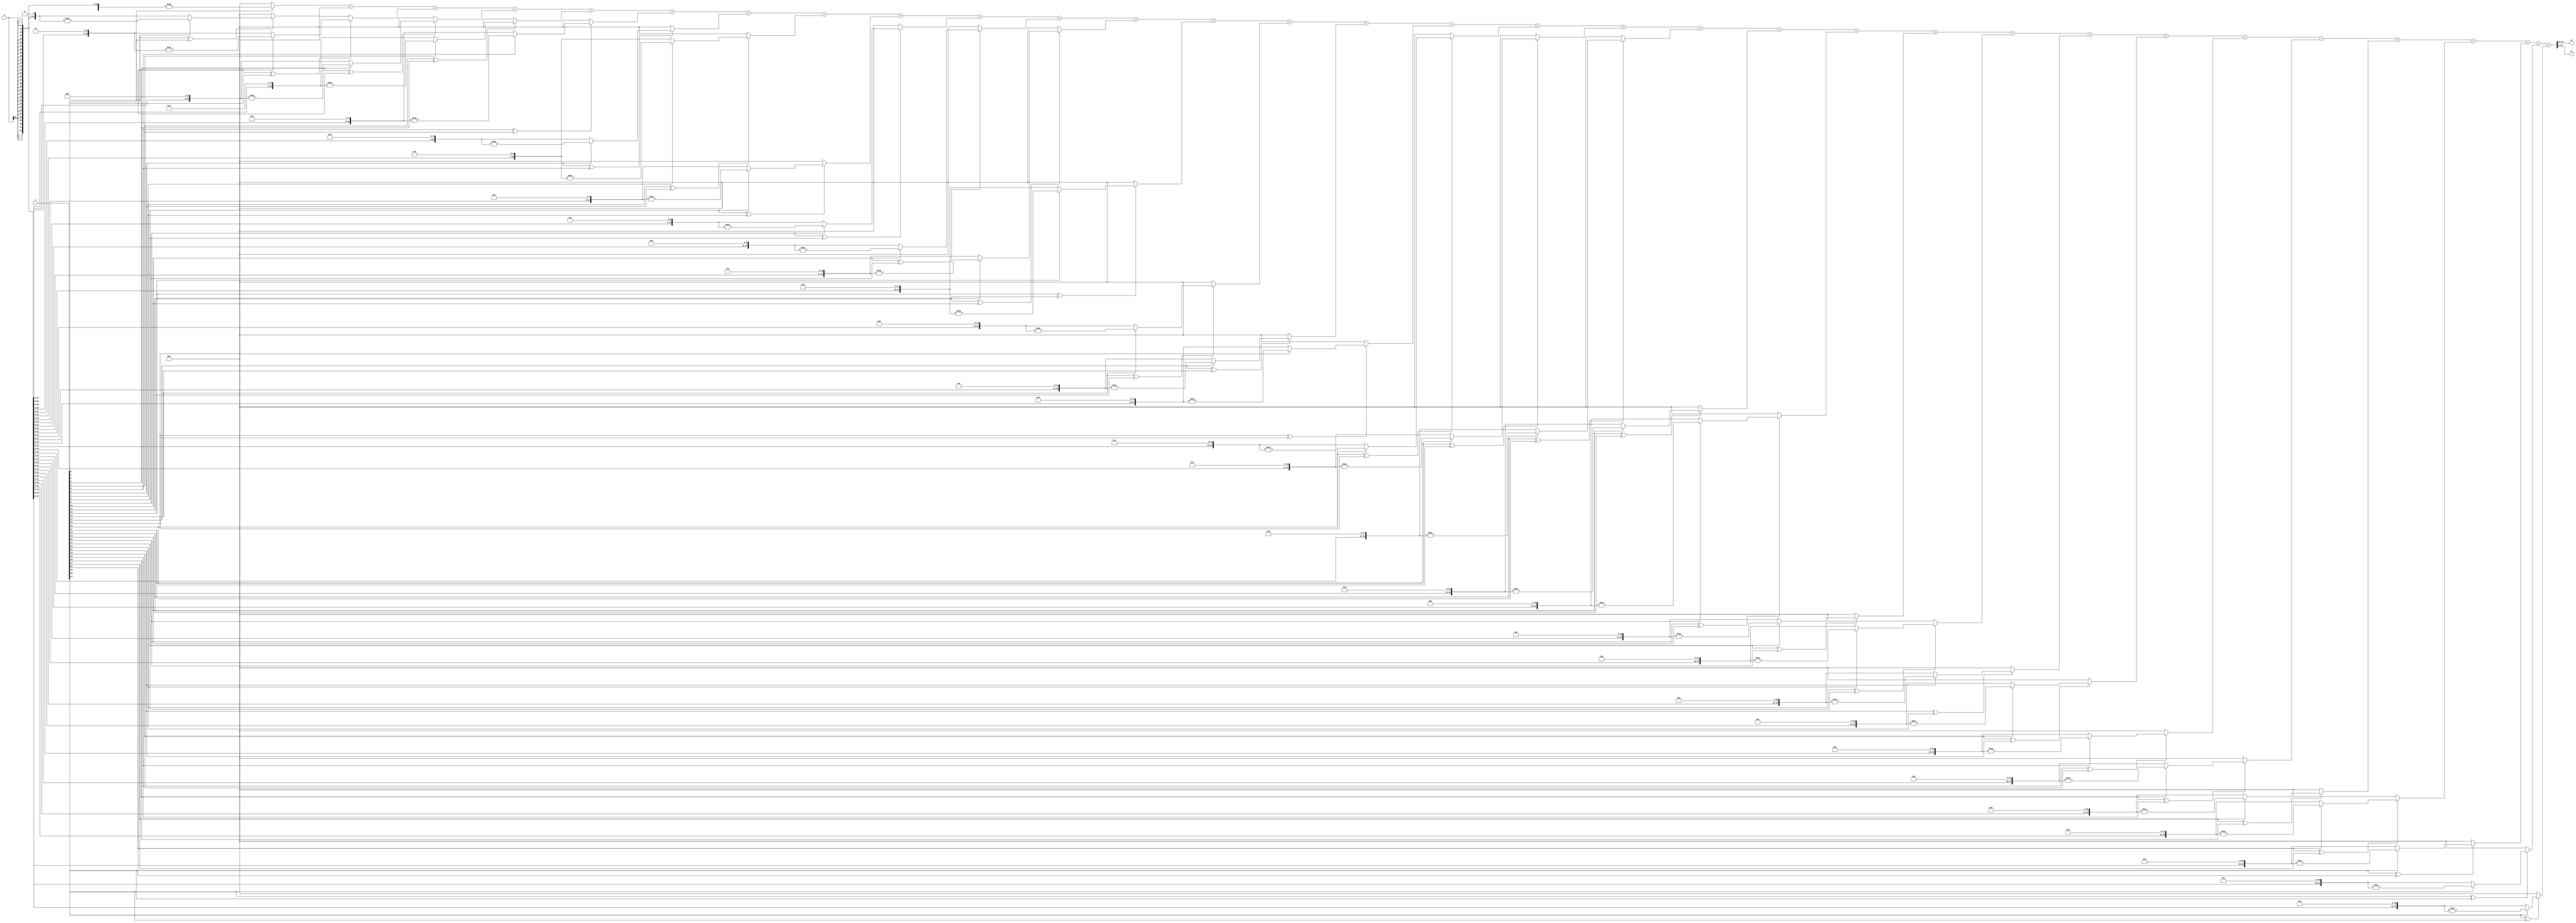
`timescale 1ns / 1ps
//////////////////////////////////////////////////////////////////////////////////
// Company: 
// Engineer: 
// 
// Design Name: 
// Module Name: MULT
// Project Name: 
// Target Devices: 
// Tool Versions: 
// Description: 
// 
// Dependencies: 
// 
// Revision:
// Revision 0.01 - File Created
// Additional Comments:
// 
//////////////////////////////////////////////////////////////////////////////////


module MULT(
    input [31:0] a,
    input [31:0] b,
    output [31:0] hi,
    output [31:0] lo
    );
    wire [63:0] moved_a[31:0];
    wire [63:0] z;
    assign moved_a[0]=(b[0])?(-{{32{a[31]}},a}):64'b0;
    assign moved_a[1]=(b[1]^b[0])?(b[1]?(-{{31{a[31]}},a,1'b0}):({{31{a[31]}},a,1'b0})):64'b0;
    assign moved_a[2]=(b[2]^b[1])?(b[2]?(-{{30{a[31]}},a,2'b0}):({{30{a[31]}},a,2'b0})):64'b0;
    assign moved_a[3]=(b[3]^b[2])?(b[3]?(-{{29{a[31]}},a,3'b0}):({{29{a[31]}},a,3'b0})):64'b0;
    assign moved_a[4]=(b[4]^b[3])?(b[4]?(-{{28{a[31]}},a,4'b0}):({{28{a[31]}},a,4'b0})):64'b0;
    assign moved_a[5]=(b[5]^b[4])?(b[5]?(-{{27{a[31]}},a,5'b0}):({{27{a[31]}},a,5'b0})):64'b0;
    assign moved_a[6]=(b[6]^b[5])?(b[6]?(-{{26{a[31]}},a,6'b0}):({{26{a[31]}},a,6'b0})):64'b0;
    assign moved_a[7]=(b[7]^b[6])?(b[7]?(-{{25{a[31]}},a,7'b0}):({{25{a[31]}},a,7'b0})):64'b0;
    assign moved_a[8]=(b[8]^b[7])?(b[8]?(-{{24{a[31]}},a,8'b0}):({{24{a[31]}},a,8'b0})):64'b0;
    assign moved_a[9]=(b[9]^b[8])?(b[9]?(-{{23{a[31]}},a,9'b0}):({{23{a[31]}},a,9'b0})):64'b0;
    assign moved_a[10]=(b[10]^b[9])?(b[10]?(-{{22{a[31]}},a,10'b0}):({{22{a[31]}},a,10'b0})):64'b0;
    assign moved_a[11]=(b[11]^b[10])?(b[11]?(-{{21{a[31]}},a,11'b0}):({{21{a[31]}},a,11'b0})):64'b0;
    assign moved_a[12]=(b[12]^b[11])?(b[12]?(-{{20{a[31]}},a,12'b0}):({{20{a[31]}},a,12'b0})):64'b0;
    assign moved_a[13]=(b[13]^b[12])?(b[13]?(-{{19{a[31]}},a,13'b0}):({{19{a[31]}},a,13'b0})):64'b0;
    assign moved_a[14]=(b[14]^b[13])?(b[14]?(-{{18{a[31]}},a,14'b0}):({{18{a[31]}},a,14'b0})):64'b0;
    assign moved_a[15]=(b[15]^b[14])?(b[15]?(-{{17{a[31]}},a,15'b0}):({{17{a[31]}},a,15'b0})):64'b0;
    assign moved_a[16]=(b[16]^b[15])?(b[16]?(-{{16{a[31]}},a,16'b0}):({{16{a[31]}},a,16'b0})):64'b0;
    assign moved_a[17]=(b[17]^b[16])?(b[17]?(-{{15{a[31]}},a,17'b0}):({{15{a[31]}},a,17'b0})):64'b0;
    assign moved_a[18]=(b[18]^b[17])?(b[18]?(-{{14{a[31]}},a,18'b0}):({{14{a[31]}},a,18'b0})):64'b0;
    assign moved_a[19]=(b[19]^b[18])?(b[19]?(-{{13{a[31]}},a,19'b0}):({{13{a[31]}},a,19'b0})):64'b0;
    assign moved_a[20]=(b[20]^b[19])?(b[20]?(-{{12{a[31]}},a,20'b0}):({{12{a[31]}},a,20'b0})):64'b0;
    assign moved_a[21]=(b[21]^b[20])?(b[21]?(-{{11{a[31]}},a,21'b0}):({{11{a[31]}},a,21'b0})):64'b0;
    assign moved_a[22]=(b[22]^b[21])?(b[22]?(-{{10{a[31]}},a,22'b0}):({{10{a[31]}},a,22'b0})):64'b0;
    assign moved_a[23]=(b[23]^b[22])?(b[23]?(-{{9{a[31]}},a,23'b0}):({{9{a[31]}},a,23'b0})):64'b0;
    assign moved_a[24]=(b[24]^b[23])?(b[24]?(-{{8{a[31]}},a,24'b0}):({{8{a[31]}},a,24'b0})):64'b0;
    assign moved_a[25]=(b[25]^b[24])?(b[25]?(-{{7{a[31]}},a,25'b0}):({{7{a[31]}},a,25'b0})):64'b0;
    assign moved_a[26]=(b[26]^b[25])?(b[26]?(-{{6{a[31]}},a,26'b0}):({{6{a[31]}},a,26'b0})):64'b0;
    assign moved_a[27]=(b[27]^b[26])?(b[27]?(-{{5{a[31]}},a,27'b0}):({{5{a[31]}},a,27'b0})):64'b0;
    assign moved_a[28]=(b[28]^b[27])?(b[28]?(-{{4{a[31]}},a,28'b0}):({{4{a[31]}},a,28'b0})):64'b0;
    assign moved_a[29]=(b[29]^b[28])?(b[29]?(-{{3{a[31]}},a,29'b0}):({{3{a[31]}},a,29'b0})):64'b0;
    assign moved_a[30]=(b[30]^b[29])?(b[30]?(-{{2{a[31]}},a,30'b0}):({{2{a[31]}},a,30'b0})):64'b0;
    assign moved_a[31]=(b[31]^b[30])?(b[31]?(-{{1{a[31]}},a,31'b0}):({{1{a[31]}},a,31'b0})):64'b0;
    assign z=moved_a[0]+moved_a[1]+moved_a[2]+moved_a[3]+moved_a[4]
            +moved_a[5]+moved_a[6]+moved_a[7]+moved_a[8]+moved_a[9]
            +moved_a[10]+moved_a[11]+moved_a[12]+moved_a[13]+moved_a[14]
            +moved_a[15]+moved_a[16]+moved_a[17]+moved_a[18]+moved_a[19]
            +moved_a[20]+moved_a[21]+moved_a[22]+moved_a[23]+moved_a[24]
            +moved_a[25]+moved_a[26]+moved_a[27]+moved_a[28]+moved_a[29]
            +moved_a[30]+moved_a[31];
    assign hi=z[63:32];
    assign lo=z[31:0];
endmodule